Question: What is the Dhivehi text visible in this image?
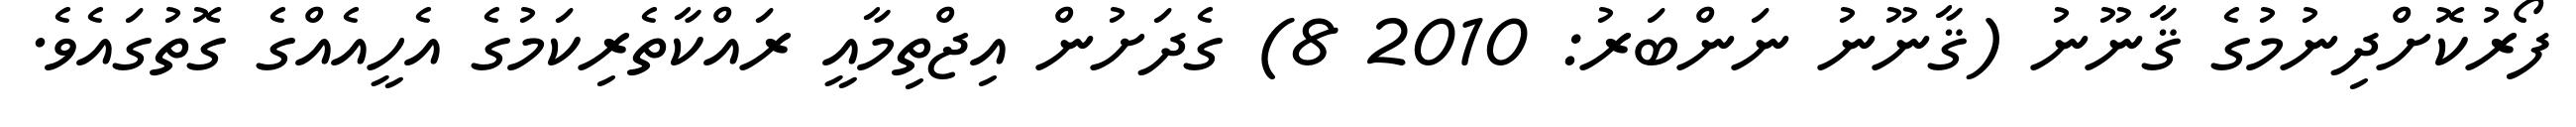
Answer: ފޯރުކޮށްދިނުމުގެ ޤާނޫނު (ޤާނޫނު ނަންބަރު: 2010 8) ގެދަށުން އިޖްތިމާއީ ރައްކާތެރިކަމުގެ އެހީއެއްގެ ގޮތުގައެވެ.